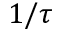
1 / \tau